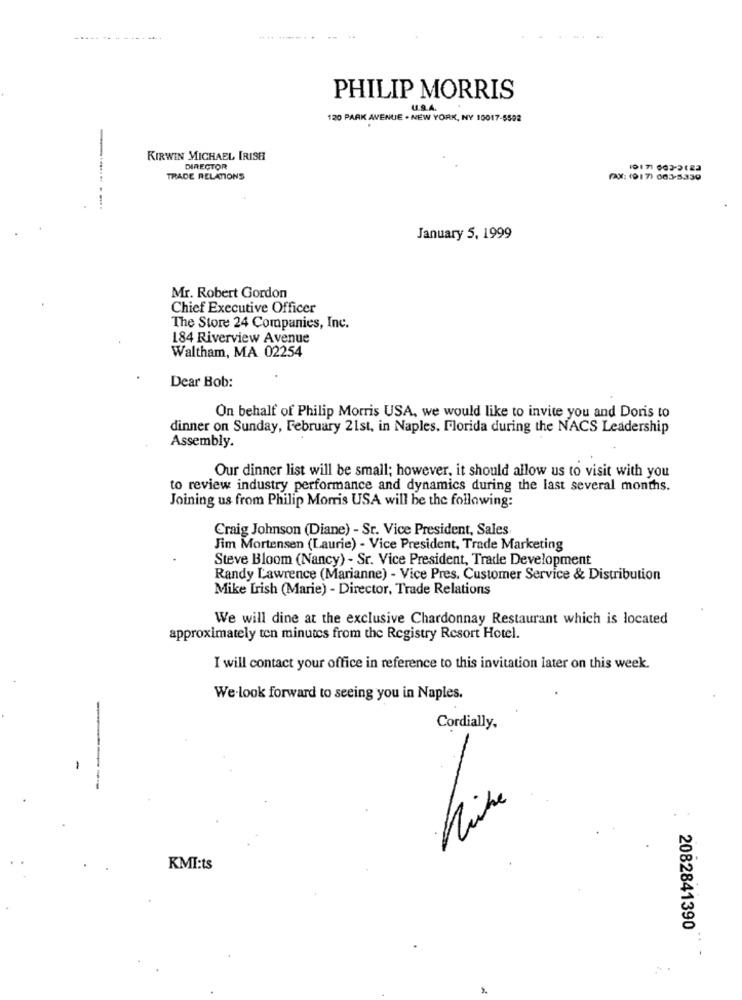
PHILIP MORRIS
120 PARK AVENUE . NEW YORK, NY 10017-5592
KIRWIN MICHAEL IRISH
DIRECTOR
TRADE RELATIONS
FAX: (917) 603-5330
January 5, 1999
Mr. Robert Gordon
Chief Executive Officer
The Store 24 Companies, Inc.
184 Riverview Avenue
Waltham, MA 02254
Dear Bob:
On behalf of Philip Morris USA, we would like to invite you and Doris to
dinner on Sunday, February 21st, in Naples, Florida during the NACS Leadership
Assembly.
Our dinner list will be small; however, it should allow us to visit with you
to review industry performance and dynamics during the last several months.
Joining us from Philip Morris USA will be the following:
Craig Johnson (Diane) - Sr. Vice President, Sales
Jim Mortensen (Laurie) - Vice President, Trade Marketing
Steve Bloom (Nancy) - Sr. Vice President, Trade Development
Randy Lawrence (Marianne) - Vice Pres. Customer Service & Distribution
Mike Lrish (Marie) - Director, Trade Relations
We will dine at the exclusive Chardonnay Restaurant which is located
approximately ten minutes from the Registry Resort Hotel.
I will contact your office in reference to this invitation later on this week.
We look forward to seeing you in Naples.
Cordially.
KMI:ts
2082841390
-